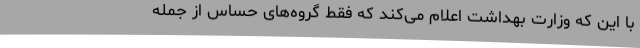
با این‌ که وزارت بهداشت اعلام می‌کند که فقط گروه‌های حساس از جمله